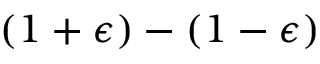
( 1 + \epsilon ) - ( 1 - \epsilon )